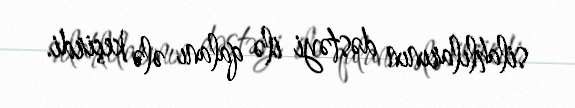
silahlılarının dəstəyi ilə qalanı ələ keçirdi.